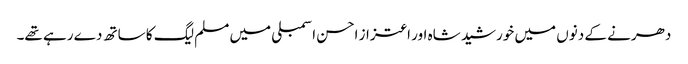
دھرنے کے دنوں میں خورشید شاہ اور اعتزاز احسن اسمبلی میں مسلم لیگ کا ساتھ دے رہے تھے۔